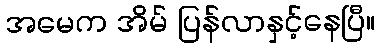
အမေက အိမ် ပြန်လာနှင့်နေပြီ။